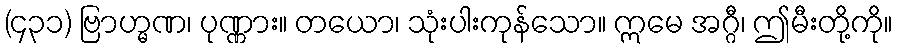
(၄၃၁) ဗြာဟ္မဏ၊ ပုဏ္ဏား။ တယော၊ သုံးပါးကုန်သော။ ဣမေ အဂ္ဂီ၊ ဤမီးတို့ကို။